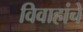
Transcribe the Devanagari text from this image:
विवाहांचे